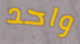
واحد